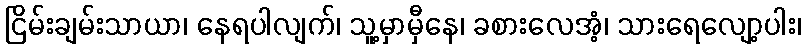
ငြိမ်းချမ်းသာယာ၊ နေရပါလျက်၊ သူ့မှာမှီနေ၊ ခစားလေအံ့၊ သားရေလျော့ပါး၊